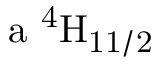
\mathrm { a \ ^ { 4 } H _ { 1 1 / 2 } }